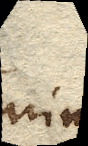
minus